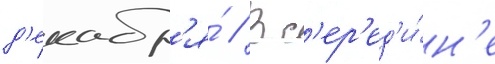
д'екабр'я́ // В с'ер'ед'и́н'е